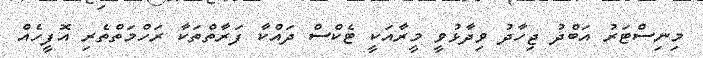
މިނިސްޓަރު އަބްދު ޖިހާދު ވިދާޅުވީ މީރާއަކީ ޓެކްސް ދައްކާ ފަރާތްތަކާ ރަހްމަތްތެރި އޮފީހެއް